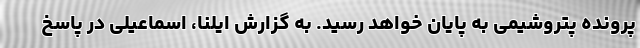
پرونده پتروشیمی به پایان خواهد رسید. به گزارش ایلنا، اسماعیلی در پاسخ